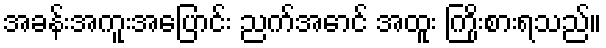
အခန်းအကူးအပြောင်း ညက်အောင် အထူး ကြိုးစားရသည်။